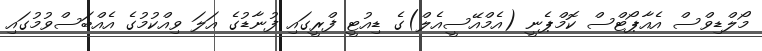
މޯލްޑިވްސް އެއާޕޯޓްސް ކޮމްޕެނީ (އެމްއޭސީއެލް)ގެ ޑިއުޓީ ފްރީގައި ފުނާޑުގެ އަލަ ވިއްކުމުގެ އެއްބަސްވުމުގައި